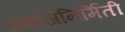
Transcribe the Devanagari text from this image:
समाजनिर्मिती